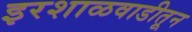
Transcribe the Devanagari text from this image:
इरशाळवाडीतून